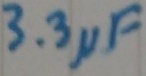
Text: 3.3µF